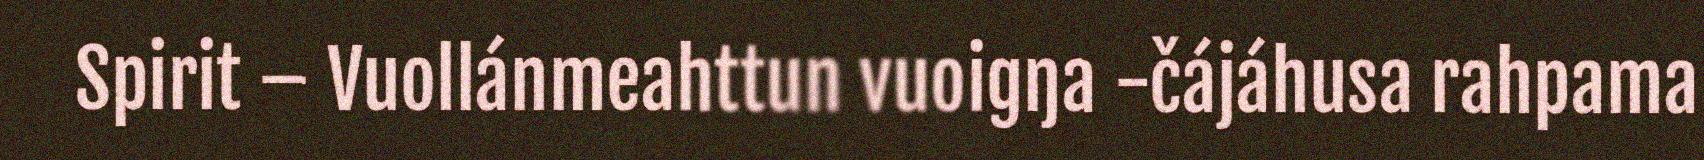
Spirit – Vuollánmeahttun vuoigŋa -čájáhusa rahpama